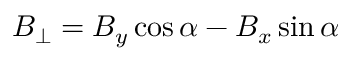
B _ { \perp } = B _ { y } \cos \alpha - B _ { x } \sin \alpha